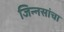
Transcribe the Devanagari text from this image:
जिन्नसांचा